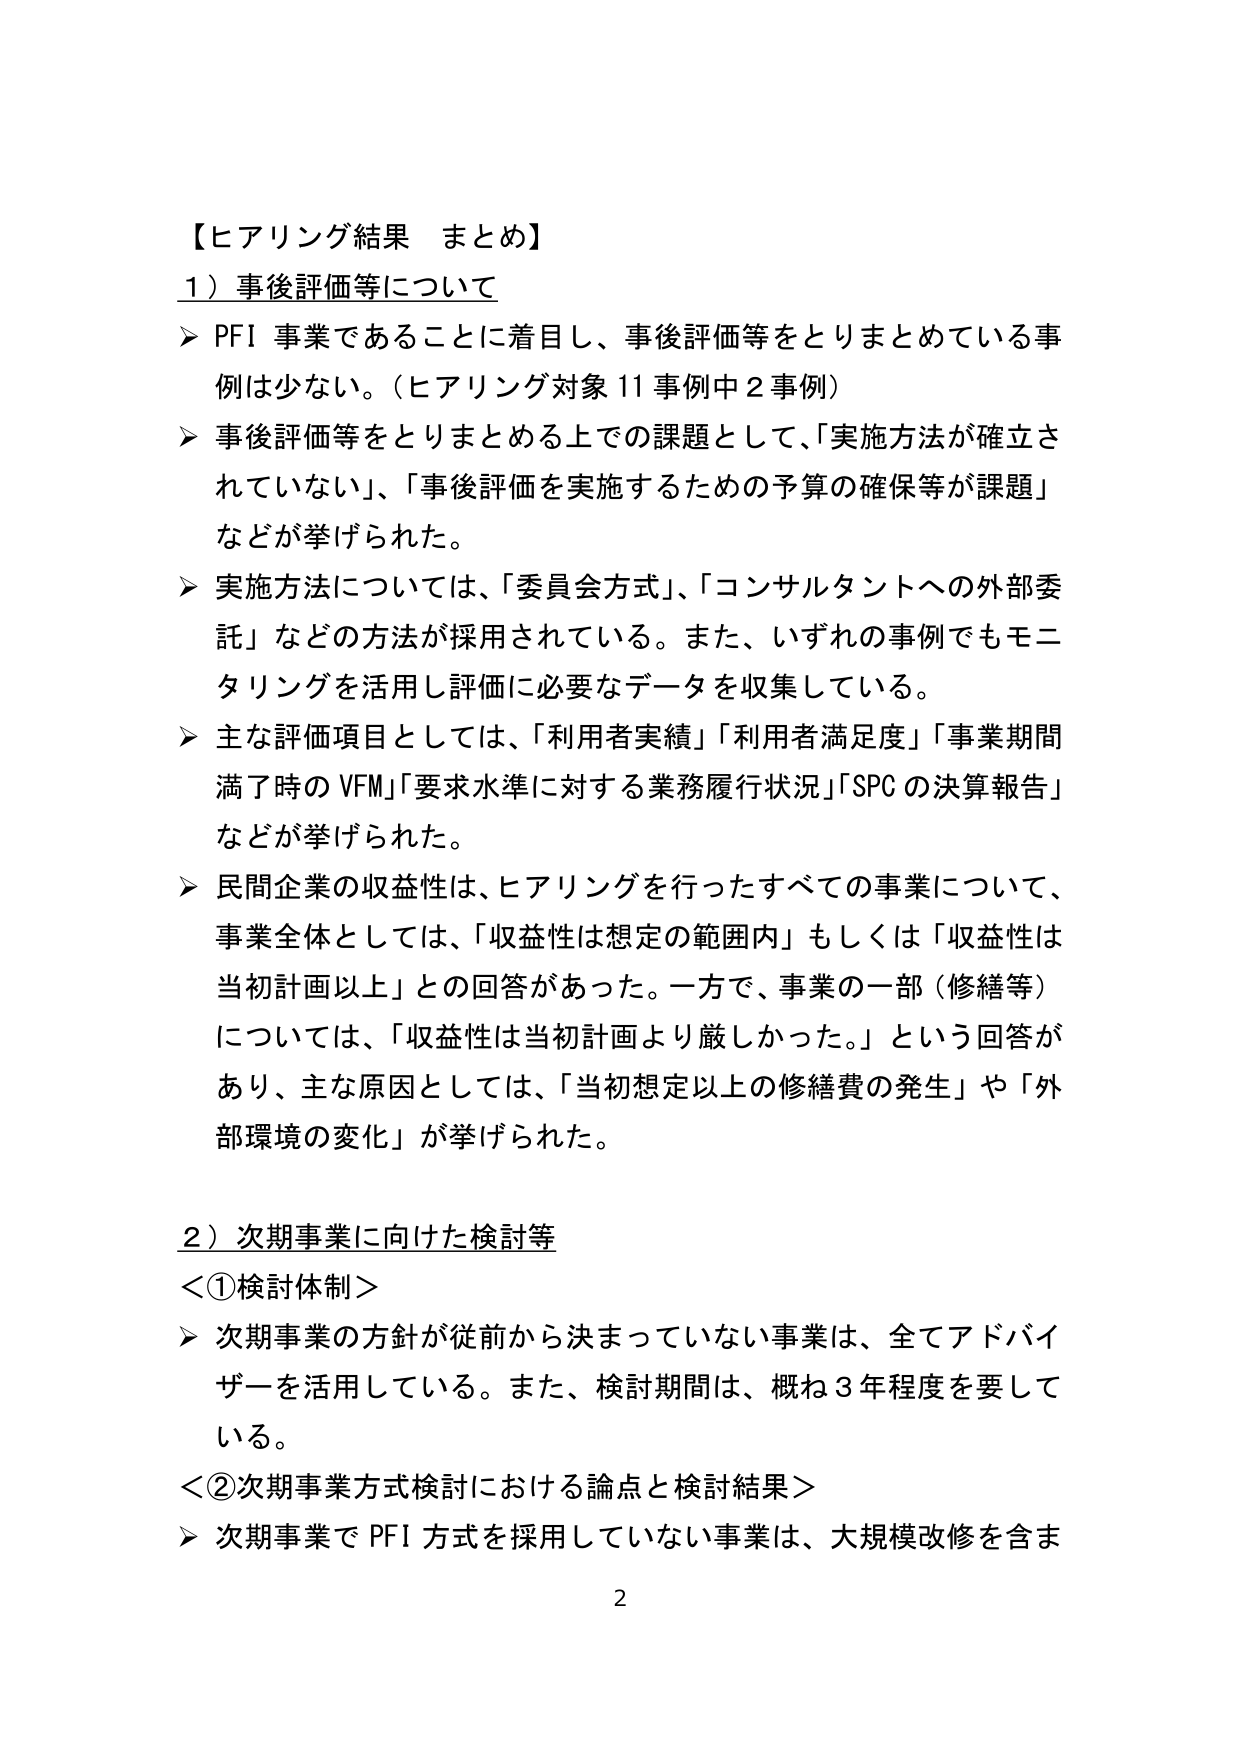
【ヒアリング結果 まとめ】

１）事後評価等について

➤ PFI 事業であることに着目し、事後評価等をとりまとめている事例は少ない。（ヒアリング対象 11 事例中 2 事例）

➤ 事後評価等をとりまとめる上での課題として、「実施方法が確立されていない」、「事後評価を実施するための予算の確保等が課題」などが挙げられた。

➤ 実施方法については、「委員会方式」、「コンサルタントへの外部委託」などの方法が採用されている。また、いずれの事例でもモニタリングを活用し評価に必要なデータを収集している。

➤ 主な評価項目としては、「利用者実績」「利用者満足度」「事業期間満了時の VFM」「要求水準に対する業務履行状況」「SPC の決算報告」などが挙げられた。

➤ 民間企業の収益性は、ヒアリングを行ったすべての事業について、事業全体としては、「収益性は想定の範囲内」もしくは「収益性は当初計画以上」との回答があった。一方で、事業の一部（修繕等）については、「収益性は当初計画より厳しかった。」という回答があり、主な原因としては、「当初想定以上の修繕費の発生」や「外部環境の変化」が挙げられた。

２）次期事業に向けた検討等

＜①検討体制＞

➤ 次期事業の方針が従前から決まっていない事業は、全てアドバイザーを活用している。また、検討期間は、概ね 3 年程度を要している。

＜②次期事業方式検討における論点と検討結果＞

➤ 次期事業で PFI 方式を採用していない事業は、大規模改修を含ま

2